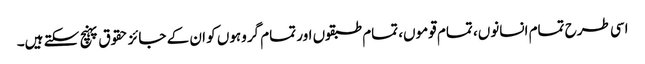
اسی طرح تمام انسانوں، تمام قوموں، تمام طبقوں اور تمام گروہوں کو ان کے جائز حقوق پہنچ سکتے ہیں۔